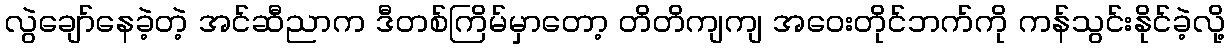
လွဲချော်နေခဲ့တဲ့ အင်ဆီညာက ဒီတစ်ကြိမ်မှာတော့ တိတိကျကျ အဝေးတိုင်ဘက်ကို ကန်သွင်းနိုင်ခဲ့လို့